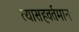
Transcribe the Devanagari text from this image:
त्यासहवर्तमान